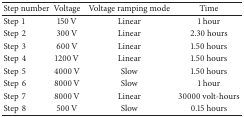
<table><thead><tr><td><b>Step number</b></td><td><b>Voltage</b></td><td><b>Voltage ramping mode</b></td><td><b>Time</b></td></tr></thead><tbody><tr><td>Step1</td><td>150 V</td><td>Linear</td><td>1 hour</td></tr><tr><td>Step2</td><td>300 V</td><td>Linear</td><td>2.30 hours</td></tr><tr><td>Step3</td><td>600 V</td><td>Linear</td><td>1.50 hours</td></tr><tr><td>Step4</td><td>1200 V</td><td>Linear</td><td>1.50 hours</td></tr><tr><td>Step5</td><td>4000 V</td><td>Slow</td><td>1.50 hours</td></tr><tr><td>Step6</td><td>8000 V</td><td>Slow</td><td>1 hour</td></tr><tr><td>Step7</td><td>8000 V</td><td>Linear</td><td>30000 volt-hours</td></tr><tr><td>Step8</td><td>500 V</td><td>Slow</td><td>0.15 hours</td></tr></tbody></table>